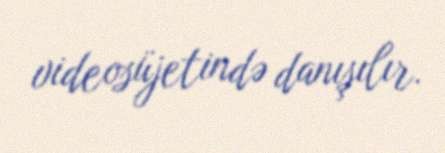
videosüjetində danışılır.